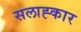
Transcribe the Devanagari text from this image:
सलाह्कार